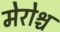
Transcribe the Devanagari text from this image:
मेरोश्च